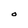
Character: O